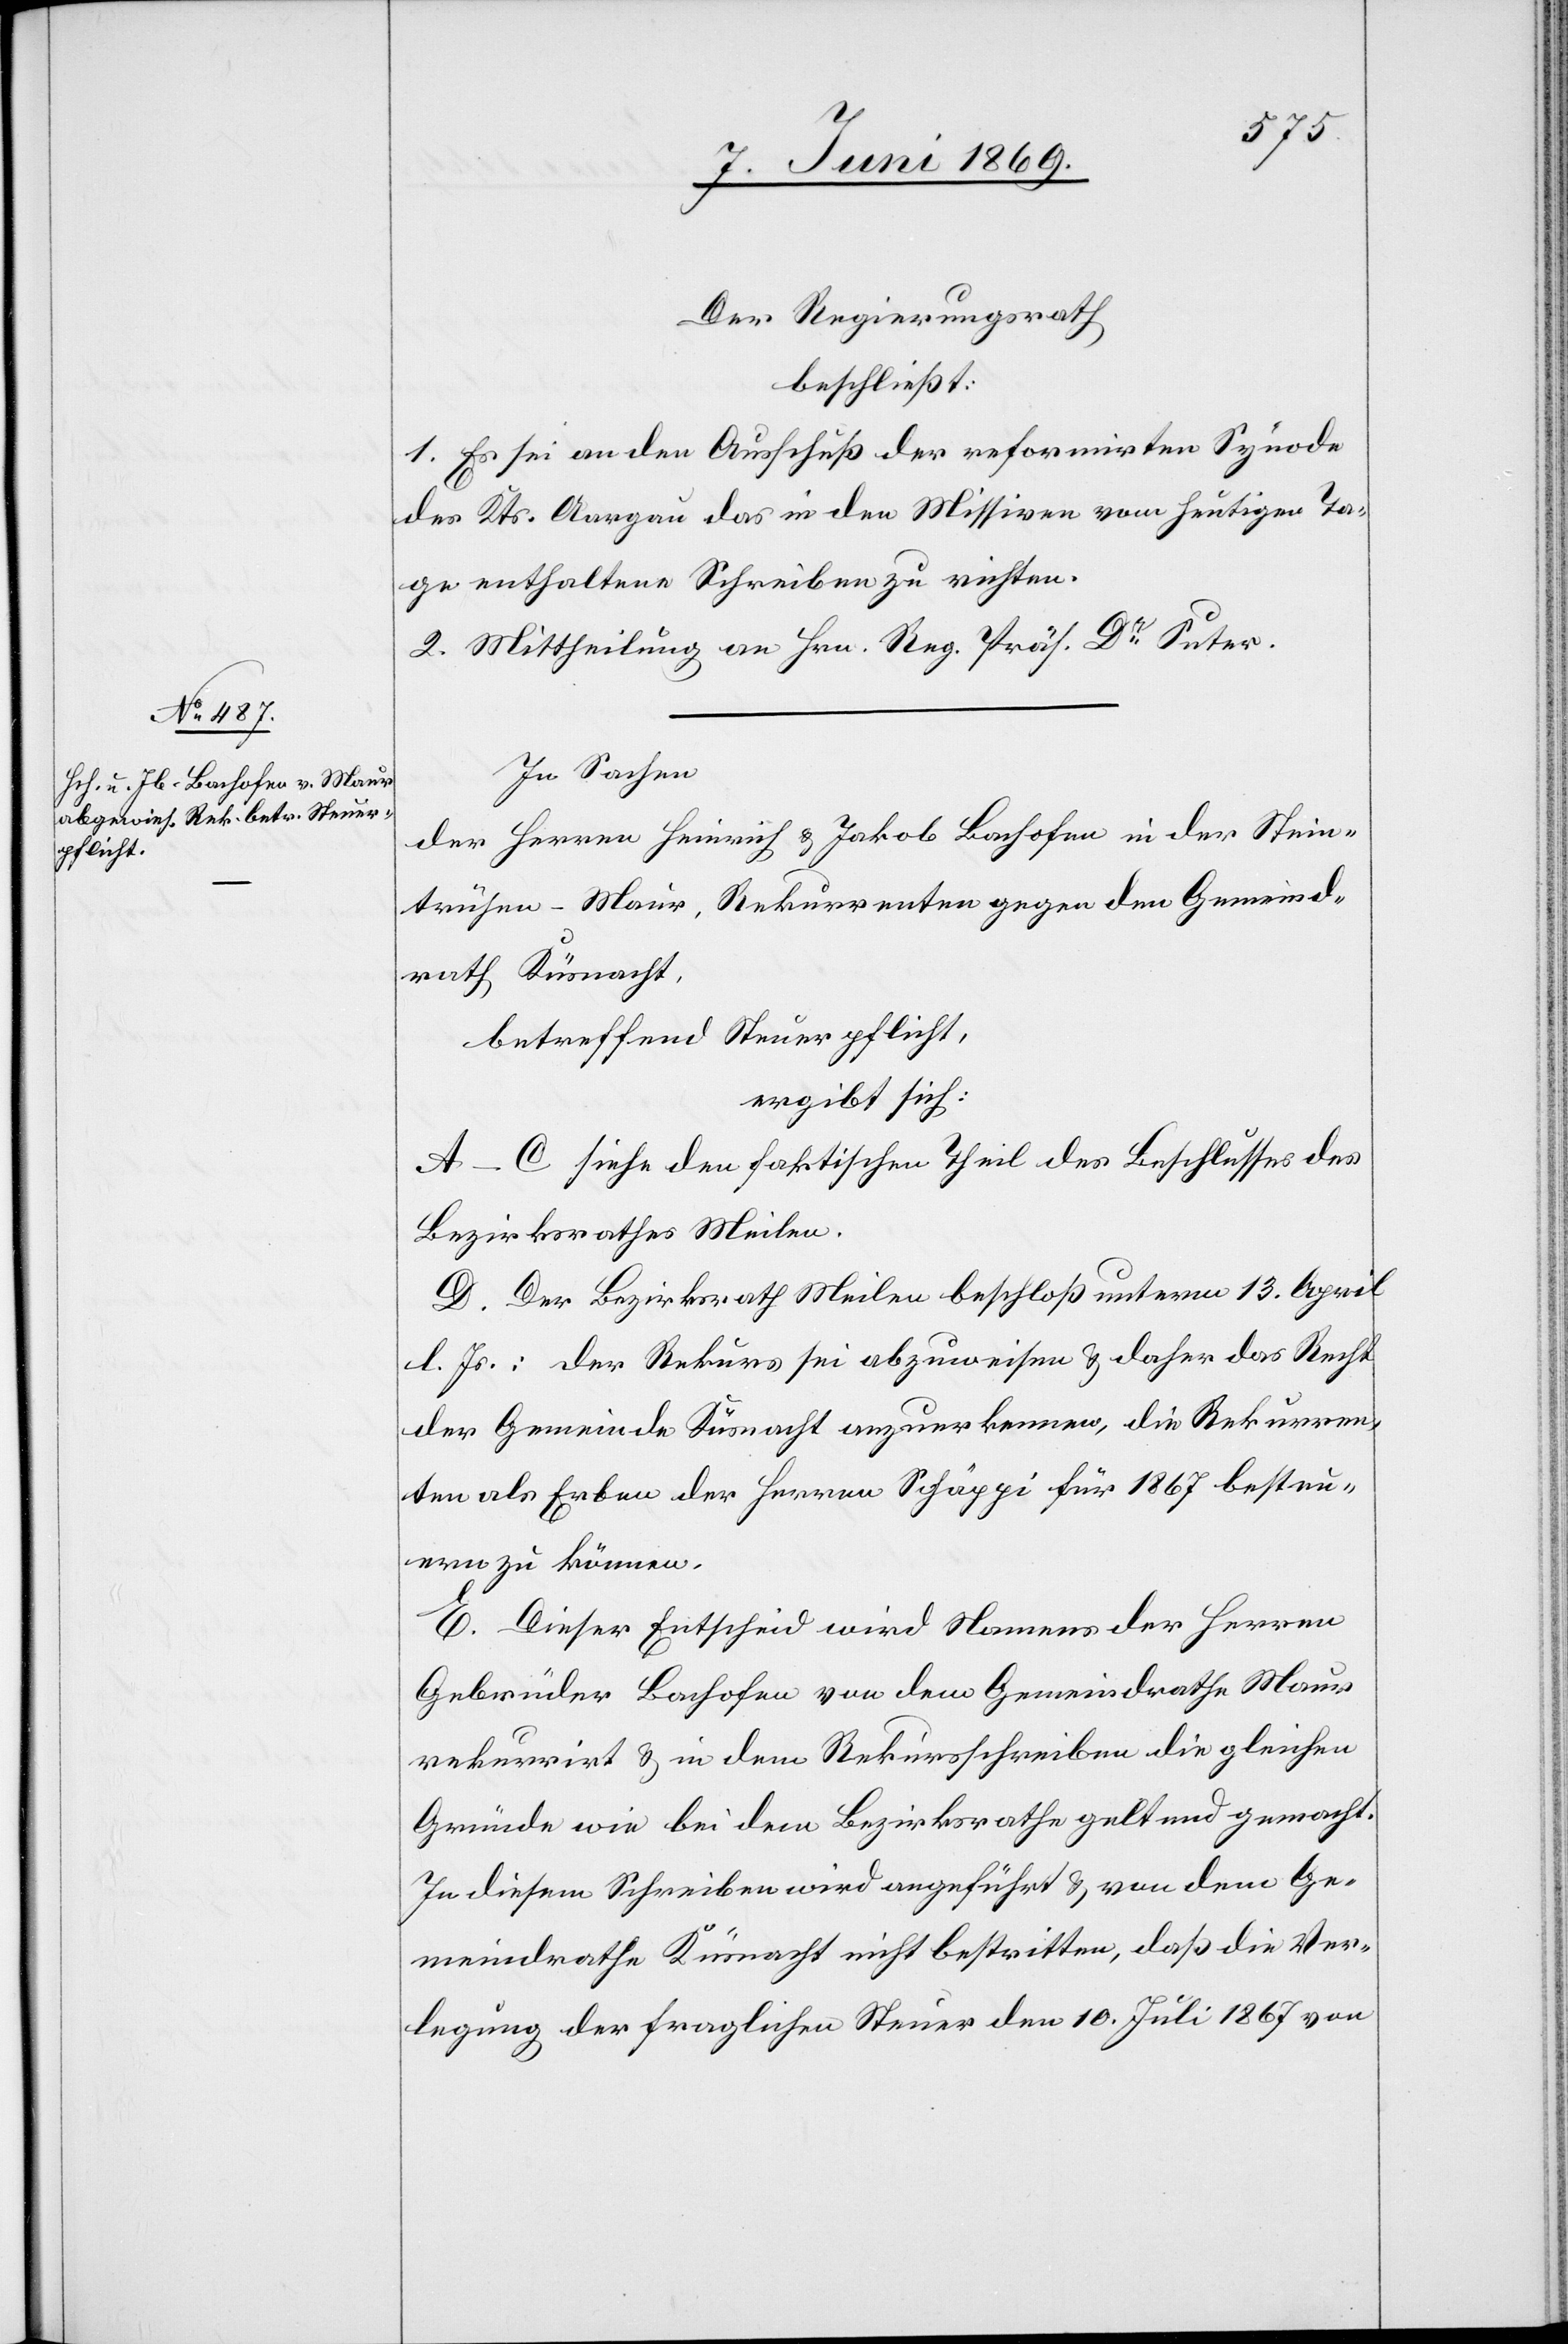
Der Regierungsrath
beschließt:
1. Es sei an den Ausschuß der reformirten Synode
des Kts. Aargau das in den Missiven vom heutigen Ta¬
ge enthaltende Schreiben zu richten.
2. Mittheilung an Hrn. Reg. Präs. Dr Suter.
In Sachen
der Herren Heinrich u. Jakob Bachofen in der Stein¬
trühen-Maur, Rekurrenten gegen den Gemeind¬
rath Küsnacht,
betreffend Steuerpflicht,
ergibt sich:
A–C. siehe den faktischen Theil des Beschlusses des
Bezirksrathes Meilen.
D. Der Bezirksrath Meilen beschloß unterm 13 April
l. Js.: Der Rekurs sei abzuweisen u. daher das Recht
der Gemeinde Küsnacht anzuerkennen, die Rekurren¬
ten als Erben der Herren Schäppi für 1867 besteu¬
ern zu können.
E. Dieser Entscheid wird Namens der Herren
Gebrüder Bachofen von dem Gemeindrathe Maur
rekurrirt u. in dem Rekursschreiben die gleichen
Gründe wie bei dem Bezirksrathe geltend gemacht.
In diesem Schreiben wird angeführt u. von dem Ge¬
meindrathe Küsnacht nicht bestritten, daß die Ver¬
legung der fraglichen Steuer dem 10 Juli 1867 von